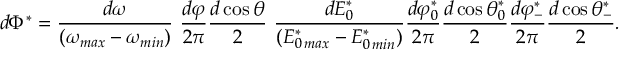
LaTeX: d \Phi ^ { * } = \frac { d \omega } { ( \omega _ { m a x } - \omega _ { m i n } ) } ~ \frac { d \varphi } { 2 \pi } \frac { d \cos { \theta } } { 2 } ~ \frac { d E _ { 0 } ^ { * } } { ( E _ { 0 \, m a x } ^ { * } - E _ { 0 \, m i n } ^ { * } ) } \frac { d \varphi _ { 0 } ^ { * } } { 2 \pi } \frac { d \cos { \theta _ { 0 } ^ { * } } } { 2 } \frac { d \varphi _ { - } ^ { * } } { 2 \pi } \frac { d \cos { \theta _ { - } ^ { * } } } { 2 } .